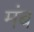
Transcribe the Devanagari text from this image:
मंब